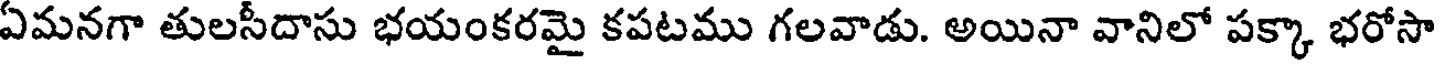
ఏమనగా తులసీదాసు భయంకరమై కపటము గలవాడు. అయినా వానిలో పక్కా భరోసా